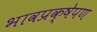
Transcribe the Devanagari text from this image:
भावप्रक्षेपण